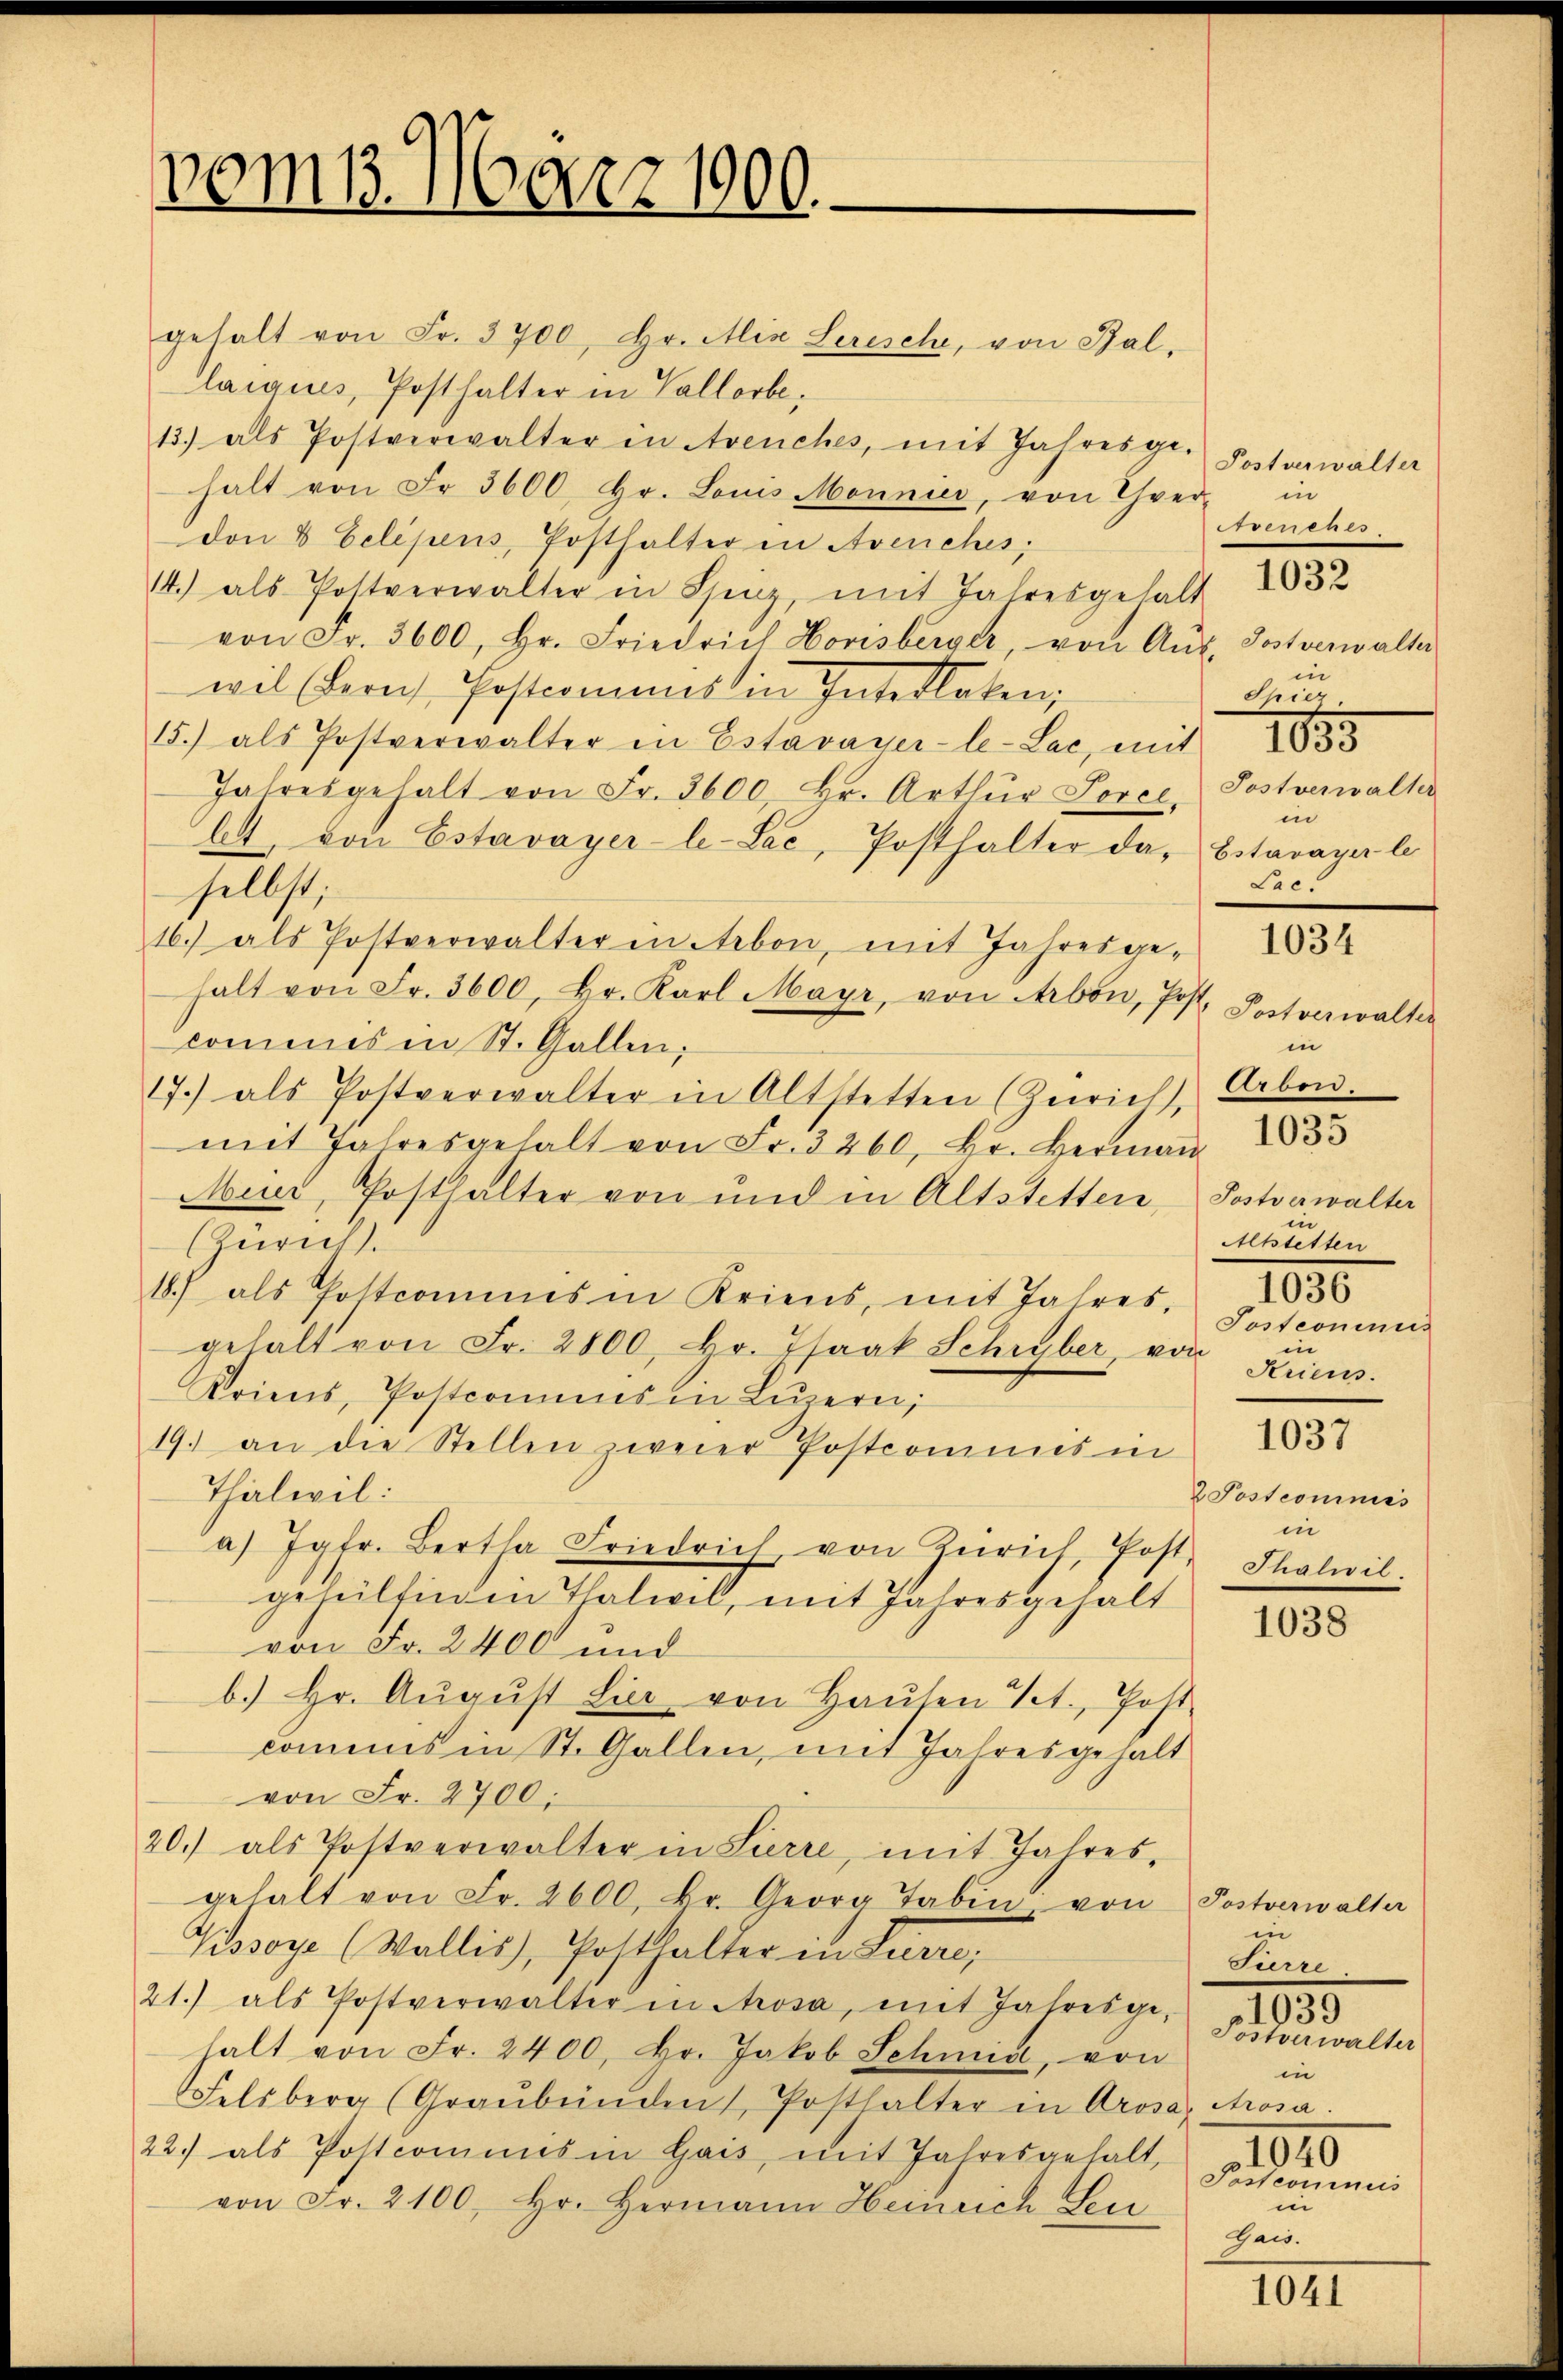
vom 1. März 1000.

gehalt von Fr. 3700, hr. Aix Lerische, von Bal
laiaues, Posthalter in Vallorbe,
13.) als Postverwalter in Avenches, mit Jahresge-
halt von Fr. 3600, hr. Louis Monnier, von Ther-
Den 8 Eelipens, Posthalter in Avenches,
14.) als Pottverwalter in Ssenz, mit Jahresgehalt
von Fr. 3600, hr. Friedrich Horisberger, von Aŭs-
wil (deres Postcomines in Intellaten,
5.) als Postverwalter in Estavayer-le-Lac, mit 1835
Jahresgehalt von Fr. 3600 Br. Arthür Sorel,
A von Estavayer-le-Lac, Posthalter das Estavayer le
—
16.) als Postverwalter in Arbon, mit Jahresge-
halt von Fr. 3600, hr. Karl Mayr, von Arbon, Post.
commes in St. Gallen;
17.) als Postverwalter in Altstetten (Zürich, Arben.
mit Jahresgehalt von Fr. 3260, Hr. Herman
Auer, Posthalter von und in Altstetten, Postverwalter
(Zürich.
18.) als Pottcomines in Kriens, mit Jahres,
gehalt von Fr. 2800, hr. Isaak Schryber, von
Kriens, Postconius in Lŭzern:
19.) an die Stellen zweier Postcommis in
Thalwil:
a) Jatr. Bertha Friedrich, von Zürich, Post,
gehülfingen Thalwil, mit Jahresgehalt
von Fr. 2400 und
b.) Hr. Aŭgŭst Lier von Haŭsen Tit. Post-
commis in St. Gallen, mit Jahresgehalt
von Fr. 2700;
20.) als Postverwalter in Sierre, mit Jahres,
gehalt von Fr. 2600 Br. Georg Taben von
Gssoye (Wallis, Posthalter in Furre,
21.) als Postverwalter in Prosa, mit Jahresge-
halt von Fr. 2400, Hr. Jakob Schmid, von
Felsberg (Graubünden Posthalter in Arosa, Arosa.
22.) als Postcommis in Gais, mit Jahresgehalt,
von Fr. 2100, Hr. Hermann Heinrich Seu

selbst;

Postverwalter
in
Avenches.
Tostverwalter
in
Spiez
Postverwalter
in
Lac.

1032

1034

Postverwalter
in
i
Altstetten
1030
Tostcominis
in
Seriens.
1037
 Postcommis
in
Thalwil

1035

1038

Postverwalter
in
Sierre
Töstverwalter
in
1020
Postcominus
in
Gais.

1035

1041